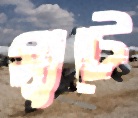
স্যুটে